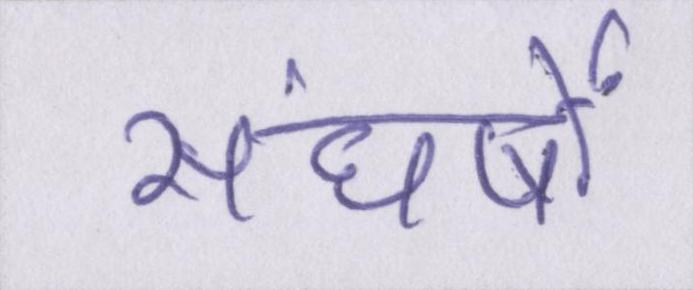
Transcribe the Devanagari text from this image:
संघर्षों